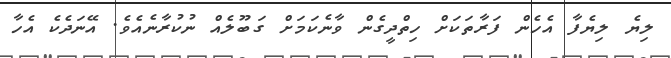
ލިޔެ ލިޔެފާ އެހެން ފަރާތަކަށް ހިތްދީގެން ވާނެކަމަށް ގަބޫލެއް ނުކުރާނެއެވެ. އޭނަދެކެ އެހާ